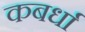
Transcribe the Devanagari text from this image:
कबर्धा